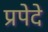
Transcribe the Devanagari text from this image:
प्रपेदे